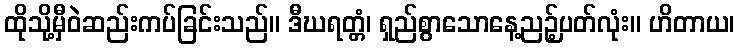
ထိုသို့မှီဝဲဆည်းကပ်ခြင်းသည်။ ဒီဃရတ္တံ၊ ရှည်စွာသောနေ့ညဉ့်ပတ်လုံး။ ဟိတာယ၊